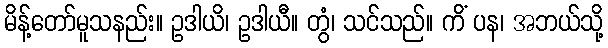
မိန့်တော်မူသနည်း။ ဥဒါယိ၊ ဥဒါယီ။ တွံ၊ သင်သည်။ ကိံ ပန၊ အဘယ်သို့